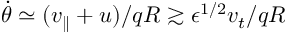
\dot { \theta } \simeq ( v _ { \parallel } + u ) / q R \gtrsim \epsilon ^ { 1 / 2 } v _ { t } / q R